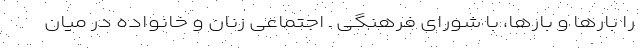
را بارها و بارها، با شورای فرهنگی ـ اجتماعی زنان و خانواده در میان